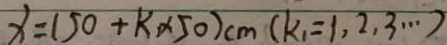
x = ( 5 0 + k _ { 1 } \times 5 0 ) c m ( k _ { 1 } = 1 , 2 , 3 \cdots )